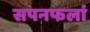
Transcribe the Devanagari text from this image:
सपनफलां